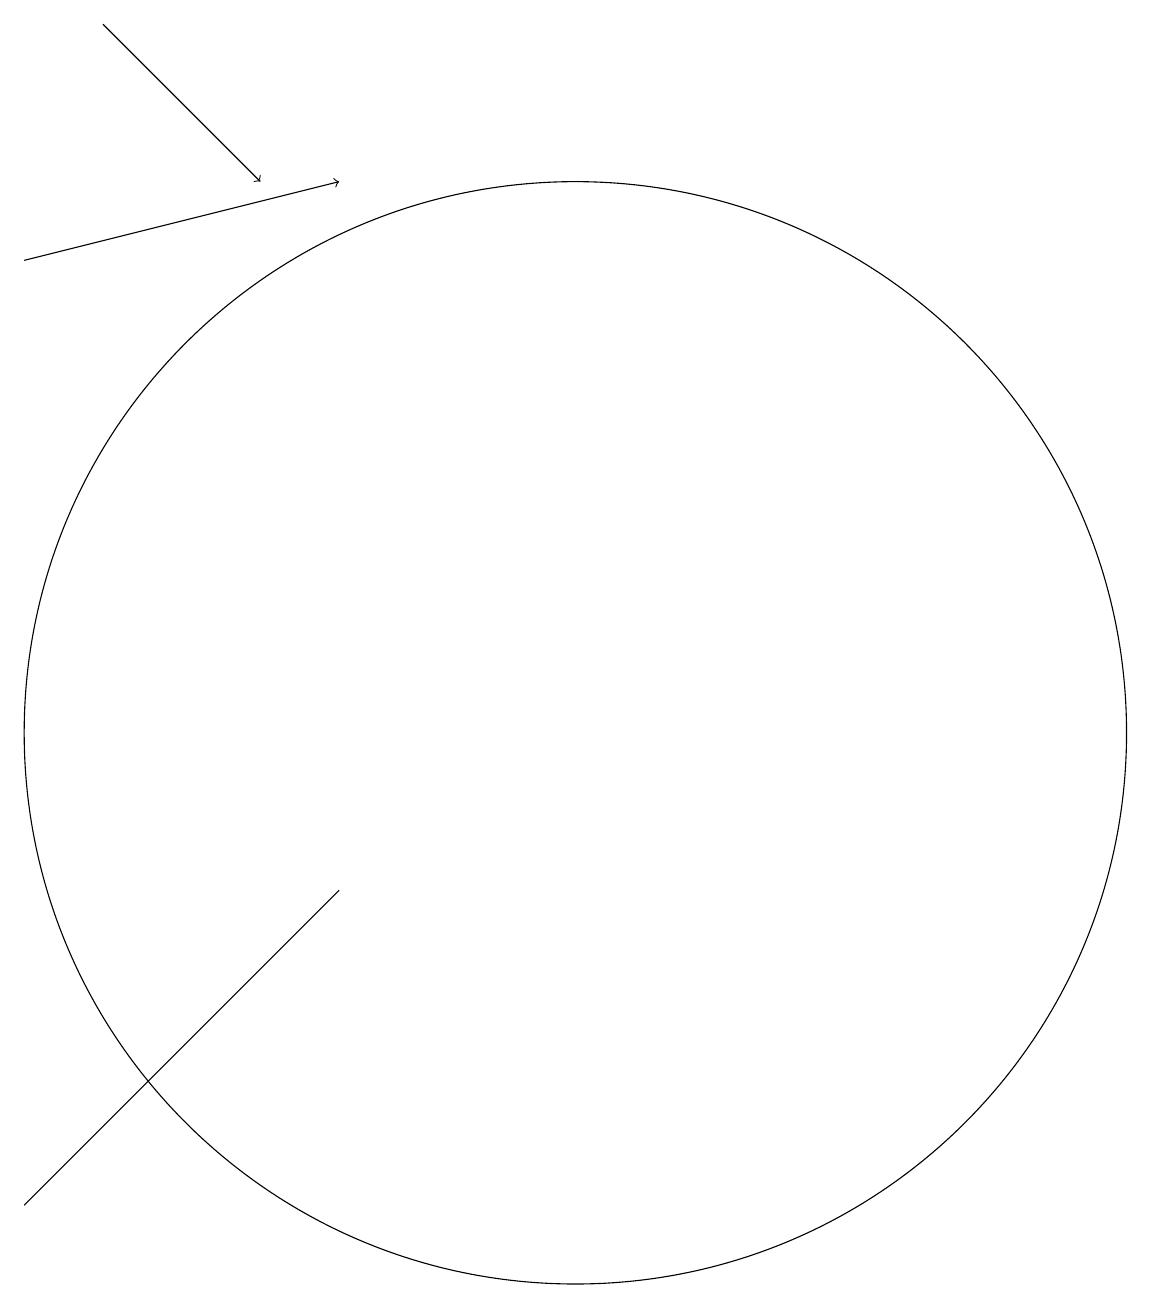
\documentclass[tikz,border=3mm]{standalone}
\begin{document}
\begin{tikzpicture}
\draw (8,8) -- (4,4) -- (5,5) -- cycle;
\draw[->] (4,16) -- (8,17);
\draw (11,10) circle (0);
\draw (10,11) circle (0);
\draw (11,10) circle (7);
\draw[->] (5,19) -- (7,17);
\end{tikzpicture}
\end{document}